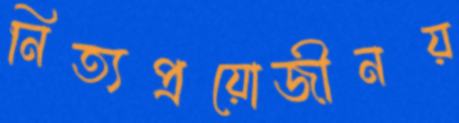
নিত্যপ্রয়োজীনয়